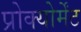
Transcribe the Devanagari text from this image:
प्रोक्योर्मेंट